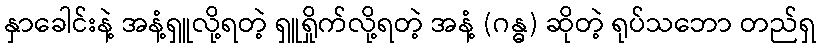
နှာခေါင်းနဲ့ အနံ့ရှူလို့ရတဲ့ ရှူရှိုက်လို့ရတဲ့ အနံ့ (ဂန္ဓ) ဆိုတဲ့ ရုပ်သဘော တည်ရှ